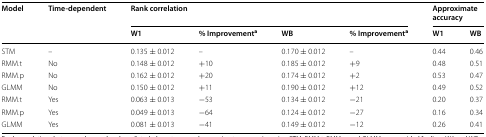
| <ROWSPAN=2> Model | <ROWSPAN=2> Time-dependent | <COLSPAN=4> Rank correlation | <COLSPAN=2> Approximate accuracy |
 | W1 | % Improvementa | WB | % Improvementa | W1 | WB |
 | --- | --- | --- | --- | --- | --- | --- | --- |
 | STM | – | 0.135 ± 0.012 | – | 0.170 ± 0.012 | – | 0.44 | 0.46 |
 | RMM.t | No | 0.148 ± 0.012 | +10 | 0.185 ± 0.012 | +9 | 0.48 | 0.51 |
 | RMM.p | No | 0.162 ± 0.012 | +20 | 0.174 ± 0.012 | +2 | 0.53 | 0.47 |
 | GLMM | No | 0.150 ± 0.012 | +11 | 0.190 ± 0.012 | +12 | 0.49 | 0.52 |
 | RMM.t | Yes | 0.063 ± 0.013 | −53 | 0.134 ± 0.012 | −21 | 0.20 | 0.37 |
 | RMM.p | Yes | 0.049 ± 0.013 | −64 | 0.124 ± 0.012 | −27 | 0.16 | 0.34 |
 | GLMM | Yes | 0.081 ± 0.013 | −41 | 0.149 ± 0.012 | −12 | 0.26 | 0.41 |